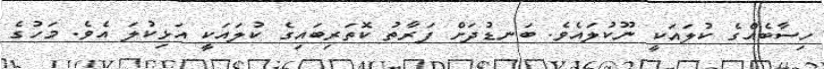
ހިސާބެއްގެ ކުލައަކީ ނޫކުލައެވެ. ބަނޑުދަށް ފަރާތު ކޮތަރިބައިގެ ކުލައަކީ އަޅިކުލަ އެވެ. މަހުގެ